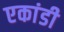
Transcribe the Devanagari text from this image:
एकांडी